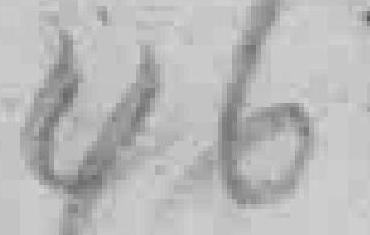
46